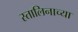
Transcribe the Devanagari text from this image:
स्तालिनाच्या